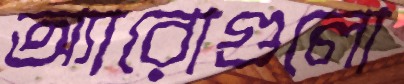
অ্যারোগুলো